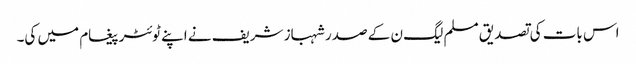
اس بات کی تصدیق مسلم لیگ ن کے صدر شہباز شریف نے اپنے ٹوئٹر پیغام میں کی۔